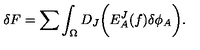
\delta F = \sum \int _ { \Omega } D _ { J } \biggl ( E _ { A } ^ { J } ( f ) \delta \phi _ { A } \biggr ) .